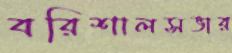
বরিশালসভার